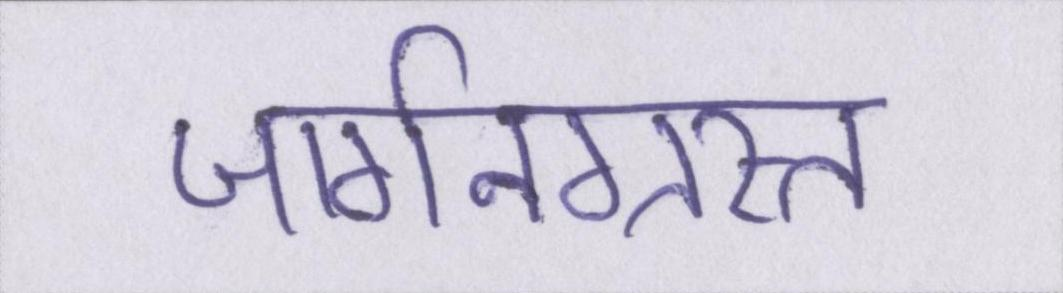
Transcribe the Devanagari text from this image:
जार्गनग्रस्त